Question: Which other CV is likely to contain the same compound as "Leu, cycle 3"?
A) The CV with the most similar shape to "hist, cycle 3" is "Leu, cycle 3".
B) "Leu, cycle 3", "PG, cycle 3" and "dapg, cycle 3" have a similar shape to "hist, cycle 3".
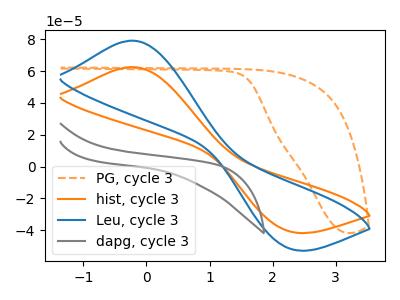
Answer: <think>The orange dashed curve "PG, cycle 3" has no peaks. The orange curve "hist, cycle 3" has an anodic peak at (-0.25V, 62.45uA) and a cathodic peak at (2.25V, -40.40uA). The blue curve "Leu, cycle 3" has an anodic peak at (-0.25V, 79.05uA) and a cathodic peak at (2.25V, -51.10uA). The gray curve "dapg, cycle 3" has no peaks.
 "PG, cycle 3" and "hist, cycle 3" have a different number of peaks. "PG, cycle 3" and "Leu, cycle 3" have a different number of peaks. Neither "PG, cycle 3" or "dapg, cycle 3" have any peaks. All the peaks in "hist, cycle 3" have a peak in "Leu, cycle 3" at the same potential. Every peak in "hist, cycle 3" is lower than every peak in "Leu, cycle 3". "hist, cycle 3" and "dapg, cycle 3" have a different number of peaks. "Leu, cycle 3" and "dapg, cycle 3" have a different number of peaks.</think>
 <answer>A) The CV with the most similar shape to "hist, cycle 3" is "Leu, cycle 3".</answer>
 <eval>A</eval>